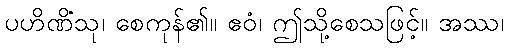
ပဟိဏိံသု၊ စေကုန်၏။ ဧဝံ၊ ဤသို့စေသဖြင့်။ အဿ၊